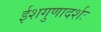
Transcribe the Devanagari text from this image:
ईशगुणादर्शः